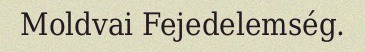
Moldvai Fejedelemség.